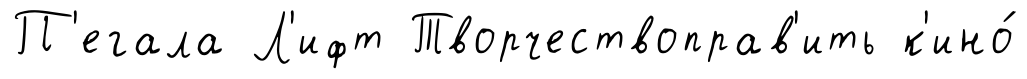
П'егала Л'ифт Творчествоправ'ить к'ино́